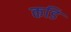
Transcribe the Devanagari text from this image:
कडि